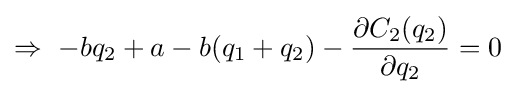
\Rightarrow \ -bq_{2}+a-b(q_{1}+q_{2})-{\frac {\partial C_{2}(q_{2})}{\partial q_{2}}}=0